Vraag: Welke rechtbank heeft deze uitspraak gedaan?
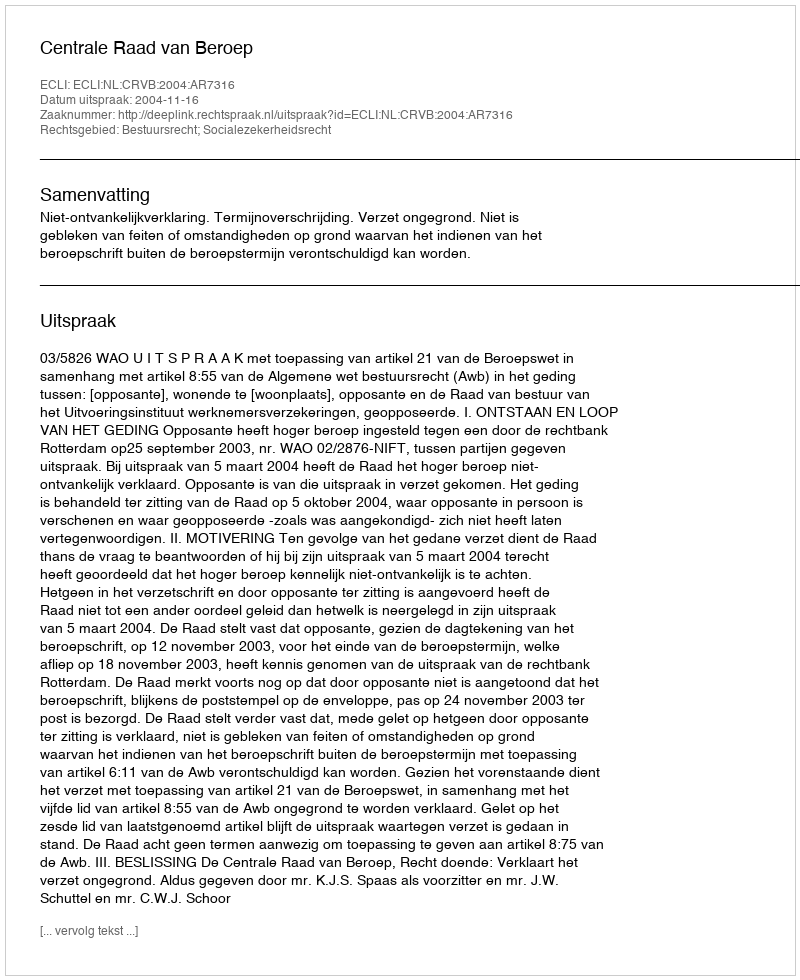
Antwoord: Centrale Raad van Beroep